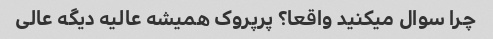
چرا سوال میکنید واقعا؟ پرپروک همیشه عالیه دیگه عالی